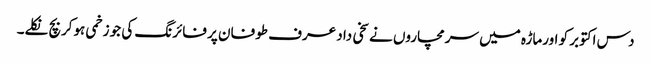
دس اکتوبر کو اورماڑہ میں سرمچاروں نے سخی داد عرف طوفان پر فائرنگ کی جو زخمی ہوکربچ نکلے۔